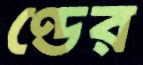
ণ্ডের